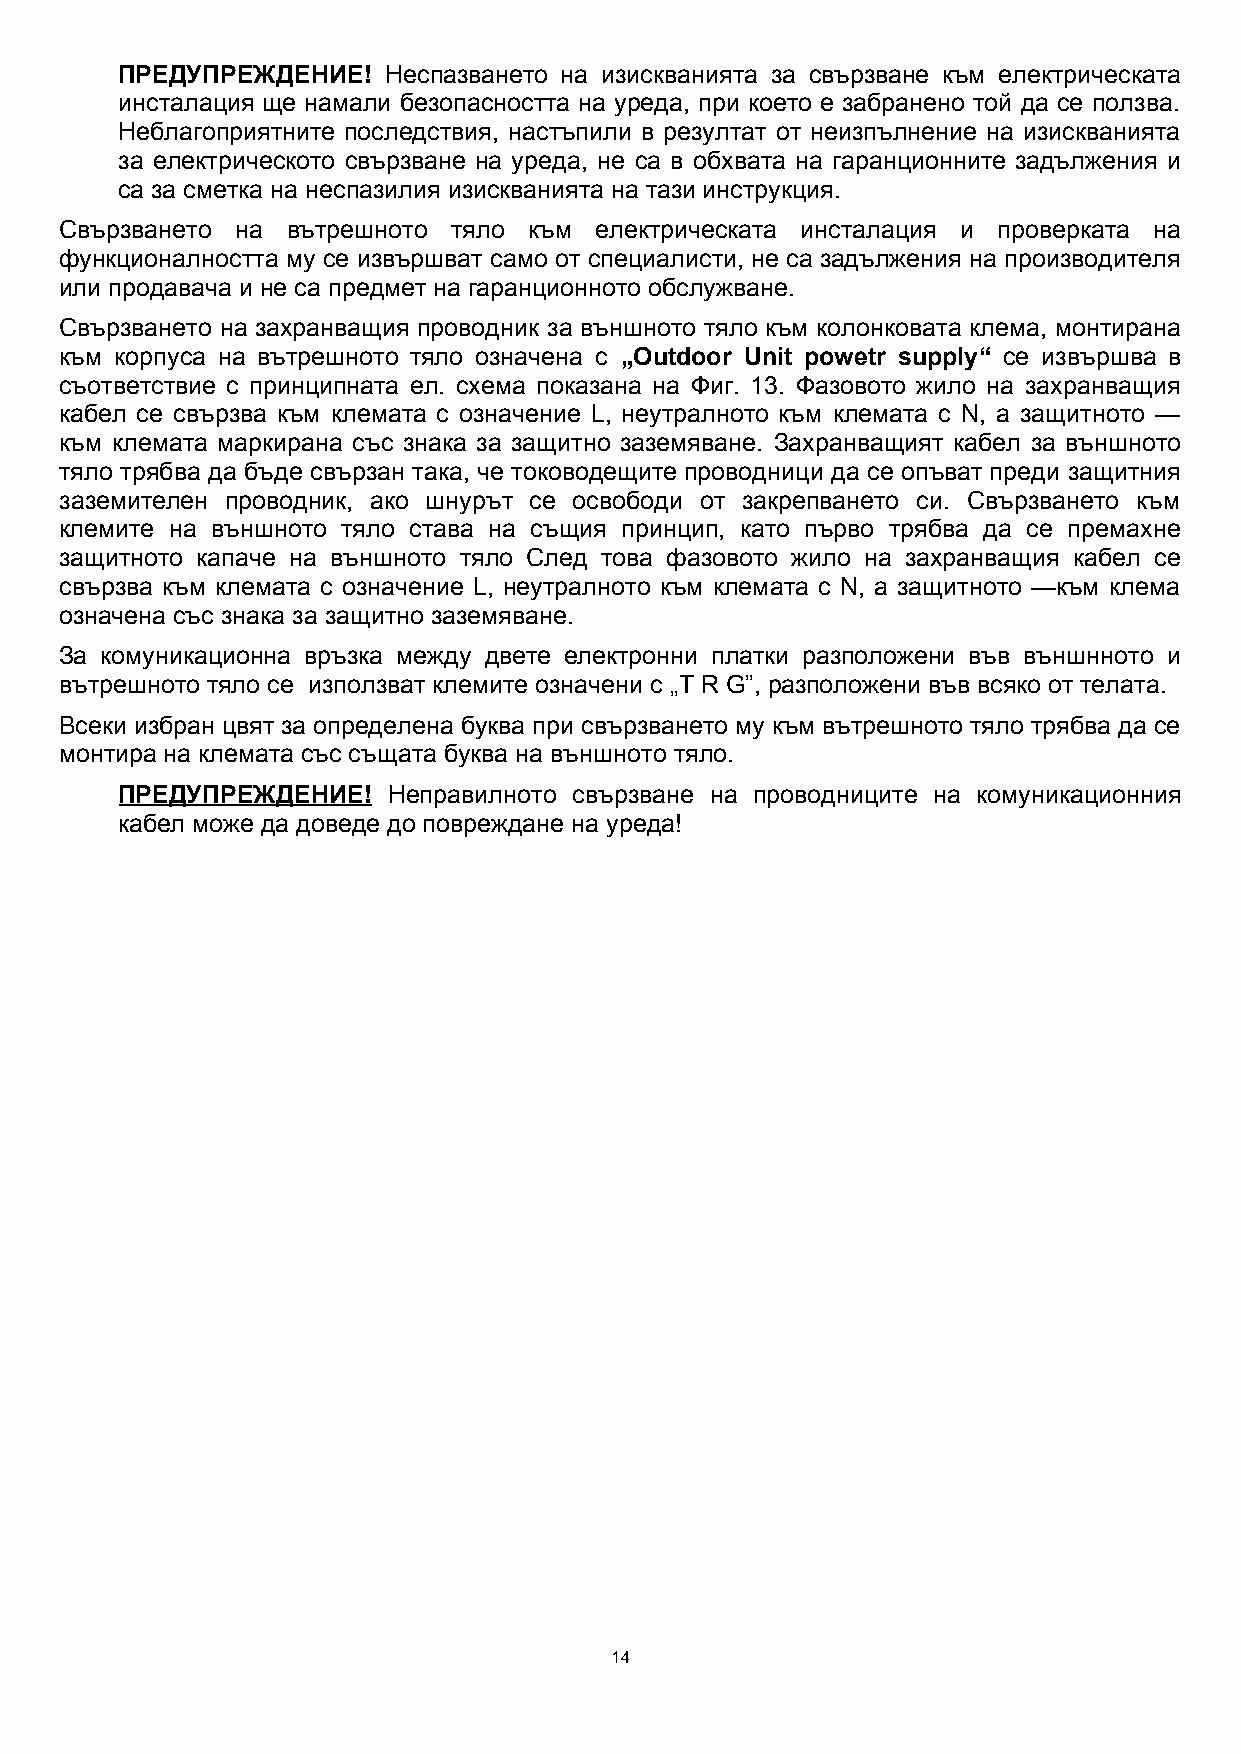
ПРЕДУПРЕЖДЕНИЕ!  Неспазването на изискванията за свързване към електрическата
 инсталация ще намали безопасността на уреда, при което е забранено той да се ползва.
 Неблагоприятните последствия, настъпили в резултат от неизпълнение на изискванията
 за електрическото свързване на уреда, не са в обхвата на гаранционните задължения и
 са за сметка на неспазилия изискванията на тази инструкция.
 Свързването на вътрешното тяло към електрическата инсталация и проверката на
 функционалността му се извършват само от специалисти, не са задължения на производителя
 или продавача и не са предмет на гаранционното обслужване.
 Свързването на захранващия проводник за външното тяло към колонковата клема, монтирана
 към корпуса на вътрешното тяло означена с „Outdoor Unit powetr supply“ се извършва в
 съответствие с принципната ел. схема показана на Фиг. 13. Фазовото жило на захранващия
 кабел се свързва към клемата с означение L, неутралното към клемата с N, а защитното —
 към клемата маркирана със знака за защитно заземяване. Захранващият кабел за външното
 тяло трябва да бъде свързан така, че тоководещите проводници да се опъват преди защитния
 заземителен проводник, ако шнурът се освободи от закрепването си. Свързването към
 клемите на външното тяло става на същия принцип, като първо трябва да се премахне
 защитното капаче на външното тяло След това фазовото жило на захранващия кабел се
 свързва към клемата с означение L, неутралното към клемата с N, а защитното —към клема
 означена със знака за защитно заземяване.
 За комуникационна връзка между двете електронни платки разположени във външнното и
 вътрешното тяло се използват клемите означени с „T R G”, разположени във всяко от телата.
 Всеки избран цвят за определена буква при свързването му към вътрешното тяло трябва да се
 монтира на клемата със същата буква на външното тяло.
 ПРЕДУПРЕЖДЕНИЕ!   Неправилното свързване на проводниците на комуникационния
 кабел може да доведе до повреждане на уреда!
 14